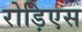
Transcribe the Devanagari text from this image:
रोड़िएस